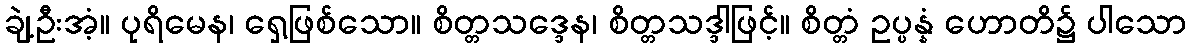
ချဲ့ဦးအံ့။ ပုရိမေန၊ ရှေ့ဖြစ်သော။ စိတ္တသဒ္ဒေန၊ စိတ္တသဒ္ဒါဖြင့်။ စိတ္တံ ဥပ္ပန္နံ ဟောတိ၌ ပါသော